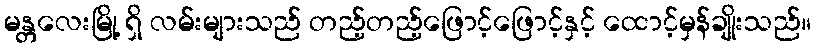
မန္တလေးမြို့ ရှိ လမ်းများသည် တည့်တည့်ဖြောင့်ဖြောင့်နှင့် ထောင့်မှန်ချိုးသည်။